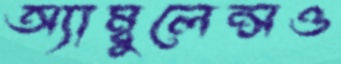
অ্যাম্বুলেন্সও